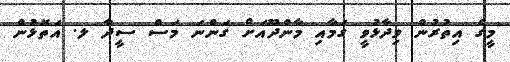
މީގެ އިތުރުން ވިދާޅުވީ ގަމާއި މާންދޫއަށް ގަންނަ މަސް ސީދާ ލ. އަތޮޅުން